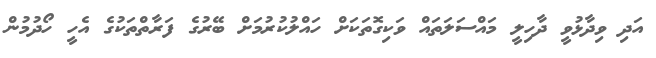
އަދި ވިދާޅުވީ ދާހިލީ މައްސަލަތައް ވަކިގޮތަކަށް ހައްލުކުރުމަށް ބޭރުގެ ފަރާތްތަކުގެ އެހީ ހޯދުމުން